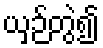
ယှဉ်တွဲ၍